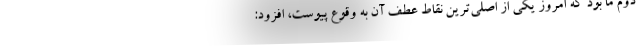
دوم ما بود که امروز یکی از اصلی‌ترین نقاط عطف آن به وقوع پیوست، افزود: